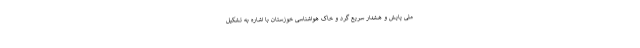
ملی پایش و هشدار سریع گرد و خاک هواشناسی خوزستان با اشاره به تشکیل